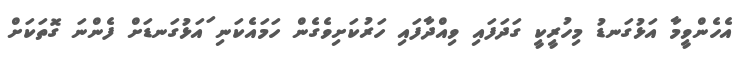
އެހެންވީމާ އަޅުގަނޑު މިހުރީކީ ގަދަފައި ވިއްދާފައި ހަރުކަށިވެގެން ހަމައެކަނި ައަޅުގަނޑަށް ފެންނަ ގޮތަކަށް